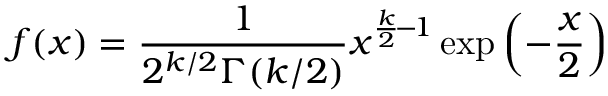
f ( x ) = { \frac { 1 } { 2 ^ { k / 2 } \Gamma ( k / 2 ) } } x ^ { { \frac { k } { 2 } } \! - \! 1 } \exp \left( - { \frac { x } { 2 } } \right)